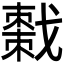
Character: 𫼄